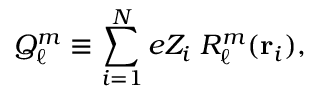
Q _ { \ell } ^ { m } \equiv \sum _ { i = 1 } ^ { N } e Z _ { i } \; R _ { \ell } ^ { m } ( \mathbf { r } _ { i } ) ,